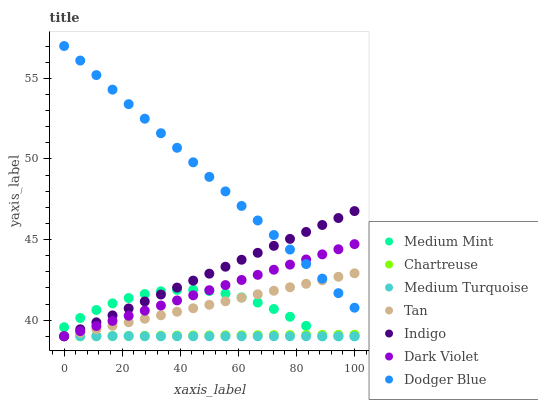
| xaxis_label | Medium Mint | Chartreuse | Medium Turquoise | Tan | Indigo | Dark Violet | Dodger Blue |
 | --- | --- | --- | --- | --- | --- | --- | --- |
 | 0 | 39.6 | 39 | 39 | 39 | 39 | 39 | 57 |
 | 5.56 | 40.1 | 39 | 39 | 39.2 | 39.4 | 39.3 | 56.1 |
 | 11.1 | 40.6 | 39 | 39 | 39.4 | 39.9 | 39.6 | 55.2 |
 | 16.7 | 41 | 39 | 39 | 39.7 | 40.3 | 40 | 54.3 |
 | 22.2 | 41.4 | 39 | 39 | 39.9 | 40.7 | 40.3 | 53.4 |
 | 27.8 | 41.6 | 39 | 39 | 40.1 | 41.2 | 40.6 | 52.5 |
 | 33.3 | 41.8 | 39 | 39 | 40.3 | 41.6 | 40.9 | 51.6 |
 | 38.9 | 41.9 | 39 | 39 | 40.5 | 42 | 41.2 | 50.7 |
 | 44.4 | 41.9 | 39 | 39 | 40.7 | 42.5 | 41.5 | 49.8 |
 | 50 | 41.8 | 39 | 39 | 41 | 42.9 | 41.9 | 48.9 |
 | 55.6 | 41.6 | 39.1 | 39 | 41.2 | 43.3 | 42.2 | 48 |
 | 61.1 | 41.4 | 39.1 | 39 | 41.4 | 43.7 | 42.5 | 47.1 |
 | 66.7 | 41.1 | 39.1 | 39 | 41.6 | 44.2 | 42.8 | 46.2 |
 | 72.2 | 40.7 | 39.1 | 39 | 41.8 | 44.6 | 43.1 | 45.3 |
 | 77.8 | 40.2 | 39.1 | 39 | 42 | 45 | 43.4 | 44.4 |
 | 83.3 | 39.6 | 39.1 | 39 | 42.3 | 45.5 | 43.8 | 43.5 |
 | 88.9 | 39 | 39.1 | 39 | 42.5 | 45.9 | 44.1 | 42.6 |
 | 94.4 | 39 | 39.1 | 39 | 42.7 | 46.3 | 44.4 | 41.7 |
 | 100 | 39 | 39.1 | 39 | 42.9 | 46.8 | 44.7 | 40.8 |